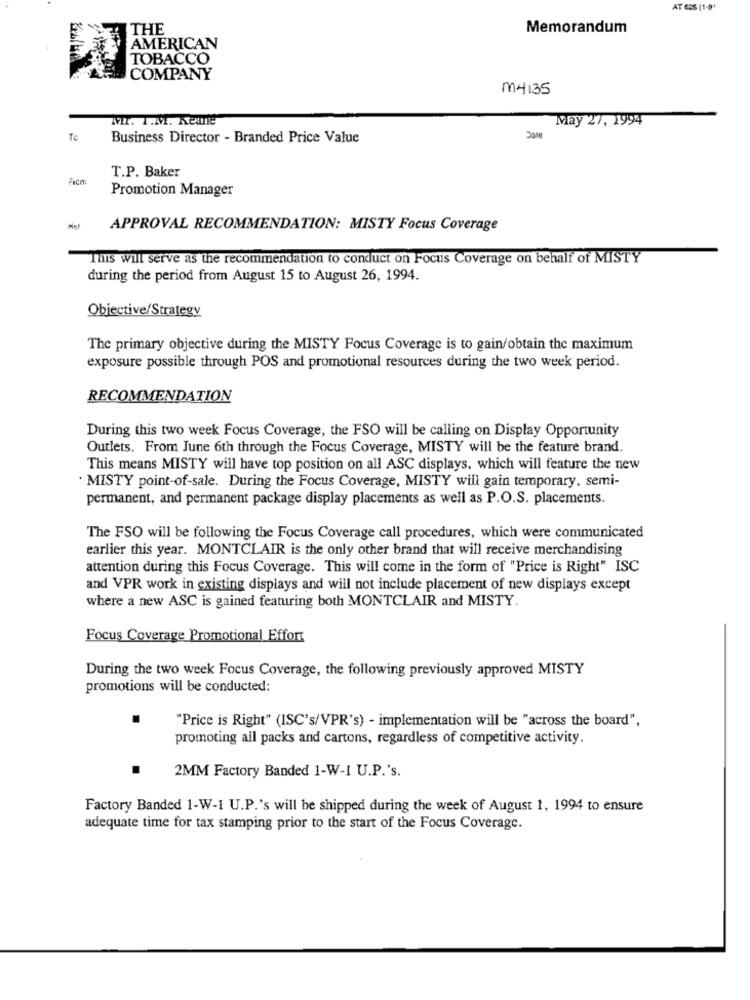
AT 625 (1-91
THE
Memorandum
AMERICAN
TOBACCO
COMPANY
M4135
MIL. I.M. Keane
May 27, 1994
Te
Business Director - Branded Price Value
20te
T.P. Baker
Facm:
Promotion Manager
Hel
APPROVAL RECOMMENDATION: MISTY Focus Coverage
This will serve as the recommendation to conduct on Focus Coverage on behalf of MISTY
during the period from August 15 to August 26, 1994.
Objective/Strategy
The primary objective during the MISTY Focus Coverage is to gain/obtain the maximum
exposure possible through POS and promotional resources during the two week period.
RECOMMENDATION
During this two week Focus Coverage, the FSO will be calling on Display Opportunity
Outlets. From June 6th through the Focus Coverage, MISTY will be the feature brand.
This means MISTY will have top position on all ASC displays, which will feature the new
· MISTY point-of-sale. During the Focus Coverage, MISTY will gain temporary, semi-
permanent, and permanent package display placements as well as P.O.S. placements.
The FSO will be following the Focus Coverage call procedures, which were communicated
earlier this year. MONTCLAIR is the only other brand that will receive merchandising
attention during this Focus Coverage. This will come in the form of "Price is Right" ISC
and VPR work in existing displays and will not include placement of new displays except
where a new ASC is gained featuring both MONTCLAIR and MISTY.
Focus Coverage Promotional Effort
During the two week Focus Coverage, the following previously approved MISTY
promotions will be conducted:
"Price is Right" (ISC's/VPR's) - implementation will be "across the board",
promoting all packs and cartons, regardless of competitive activity.
2MM Factory Banded 1-W-I U.P.'s.
Factory Banded 1-W-1 U.P.'s will be shipped during the week of August 1, 1994 to ensure
adequate time for tax stamping prior to the start of the Focus Coverage.